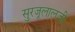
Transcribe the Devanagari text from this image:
सुरजूलालजी